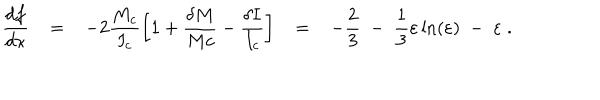
LaTeX: \frac { d f } { d \kappa } = - 2 \frac { M _ { c } } { I _ { c } } \left[ 1 + \frac { \delta M } { M c } - \frac { \delta I } { I _ { c } } \right] = - \frac { 2 } { 3 } \; - \; \frac { 1 } { 3 } \varepsilon \ln ( \varepsilon ) \; - \; \varepsilon \; .